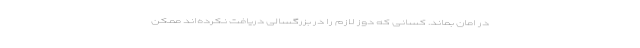
در امان بماند. کسانی که دوز لازم را در بزرگسالی دریافت نکرده‌اند ممکن